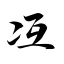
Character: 冱